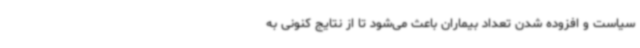
سیاست و افزوده شدن تعداد بیماران باعث می‌شود تا از نتایج کنونی به